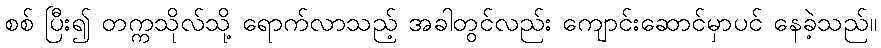
စစ် ပြီး၍ တက္ကသိုလ်သို့ ရောက်လာသည့် အခါတွင်လည်း ကျောင်းဆောင်မှာပင် နေခဲ့သည်။